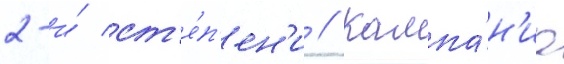
2-и́ ст'е́п'ен'и // Кампа́н'иа